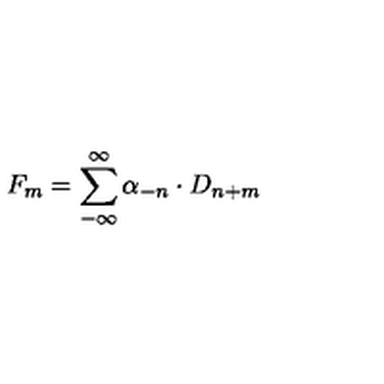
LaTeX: F _ { m } = \sum _ { - \infty } ^ { \infty } \alpha _ { - n } \cdot D _ { n + m }